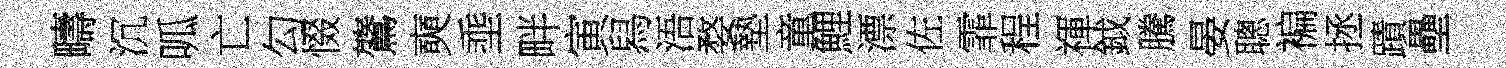
疇沉呱亡勾惙鷟奭埀畔寅舄浯婺墊童鯉漂佐霏程禈鉞騰晏聰褊拯蹟壘